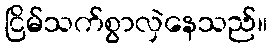
ငြိမ်သက်စွာလှဲနေသည်။